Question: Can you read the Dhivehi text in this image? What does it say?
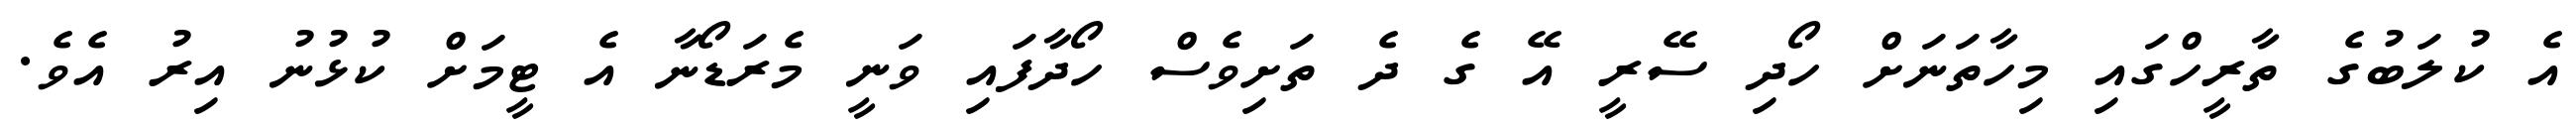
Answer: އެ ކުލަބުގެ ތާރީހްގައި މިހާތަނަށް ހޯދި ސޭރީ އޭ ގެ ދެ ތަށިވެސް ހޯދާފައި ވަނީ މެރަޑޯނާ އެ ޓީމަށް ކުޅުނު އިރު އެވެ.